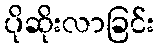
ပိုဆိုးလာခြင်း